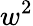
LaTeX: w^{2}